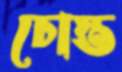
চোস্ত